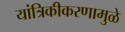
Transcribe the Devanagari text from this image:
यांत्रिकीकरणामुळे